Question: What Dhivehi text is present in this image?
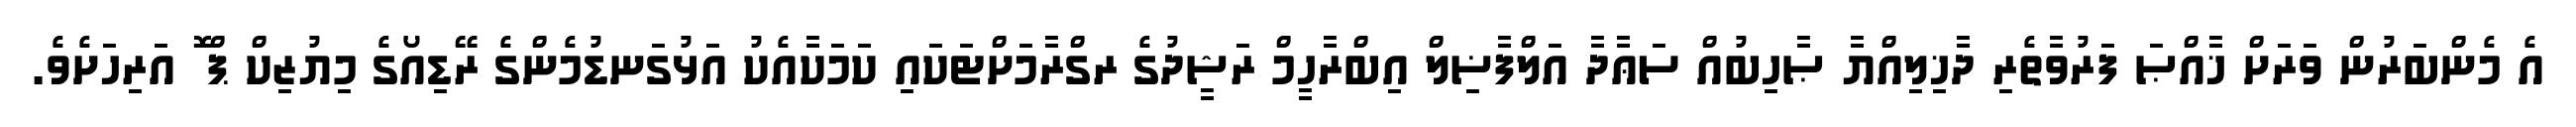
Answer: އެ މެންބަރުން ވަރަށް ޚާއްޞަ ފަރުވާތެރި ދާޚިލިއްޔާ ޞާހިބުއް ސަޢާދާ އަލްފާޟިލް އިބްރާހީމް ރަޝީދުގެ ރގްރާމަށްޓަކައި ކަމަކާއެކު އަޅުގަނޑުމެންގެ ރޭޑިއޯގެ މިޔުޒިކް ޕް ޮ އަރިހަށެވެ.